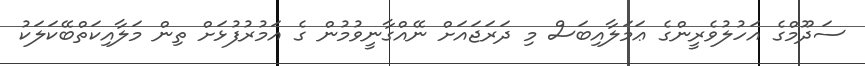
ސަދޫމްގެ އަހުލުވެރީންގެ ޢަމަލާއިބަސް މި ދަރަޖައަށް ނޭއްގާނީވުމުން ގެ އަމުރުފުޅަށް ތިން މަލާއިކަތްބޭކަލަކު